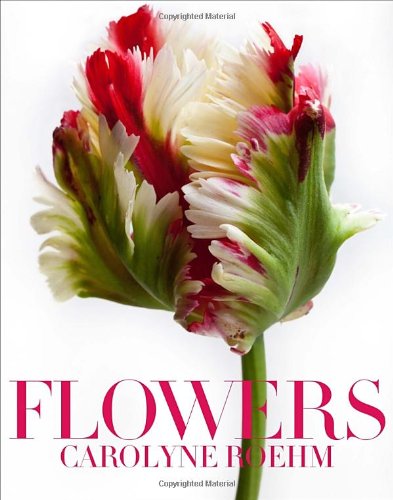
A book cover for Flowers; Carolyne Roehm; Crafts, Hobbies & Home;